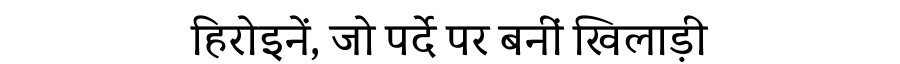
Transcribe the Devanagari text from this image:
हिरोइनें, जो पर्दे पर बनीं खिलाड़ी